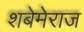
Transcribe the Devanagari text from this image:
शबेमेराज